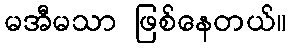
မအီမသာ ဖြစ်နေတယ်။